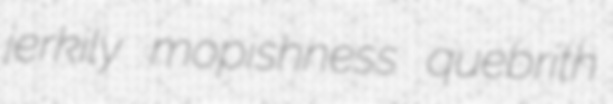
jerkily mopishness quebrith